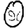
Digit: 0